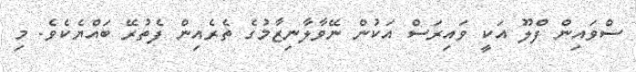
ސްވައިން ފްލޫ އަކީ ވައިރަސް އަކުން ނޭވާލާނިޒާމުގެ ތެރެއިން ފެތުރޭ ބައްޔެކެވެ. މި